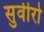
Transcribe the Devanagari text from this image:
सुवीरो